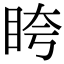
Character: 𥅚